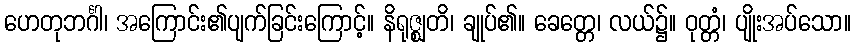
ဟေတုဘင်္ဂါ၊ အကြောင်း၏ပျက်ခြင်းကြောင့်။ နိရုဇ္ဈတိ၊ ချုပ်၏။ ခေတ္တေ၊ လယ်၌။ ဝုတ္တံ၊ ပျိုးအပ်သော။